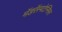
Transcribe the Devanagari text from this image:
मॅडरॅस्पटेन्सिस